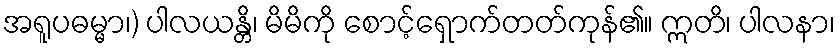
အရူပဓမ္မာ၊) ပါလယန္တိ၊ မိမိကို စောင့်ရှောက်တတ်ကုန်၏။ ဣတိ၊ ပါလနာ၊